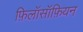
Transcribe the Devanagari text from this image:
फ़िलॉसॉफ़ियन